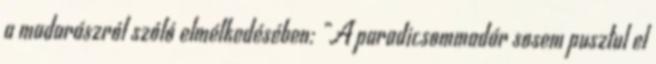
a madarászról szóló elmélkedésében: „A paradicsommadár sosem pusztul el